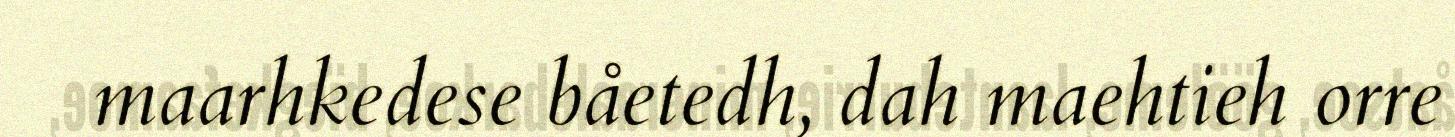
maarhkedese båetedh, dah maehtieh orre